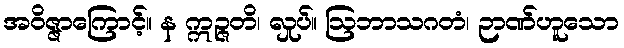
အဝိဇ္ဇာကြောင့်။ န ဣဉ္ဇတိ၊ လှုပ်။ ဩဘာသဂတံ၊ ဉာဏ်ဟူသော